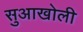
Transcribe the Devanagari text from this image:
सुआखोली